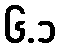
၆.၁